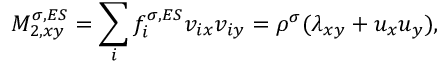
M _ { 2 , x y } ^ { \sigma , E S } = \sum _ { i } f _ { i } ^ { \sigma , E S } v _ { i x } v _ { i y } = \rho ^ { \sigma } ( \lambda _ { x y } + u _ { x } u _ { y } ) ,